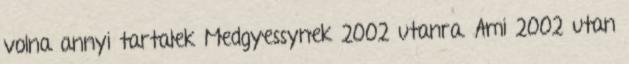
volna annyi tartalek Medgyessynek 2002 utanra. Ami 2002 utan